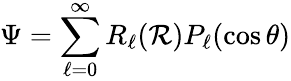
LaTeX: \Psi=\sum_{\ell=0}^{\infty}R_{\ell}(\mathcal{R})P_{\ell}(\cos\theta)